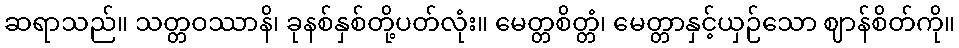
ဆရာသည်။ သတ္တဝဿာနိ၊ ခုနစ်နှစ်တို့ပတ်လုံး။ မေတ္တစိတ္တံ၊ မေတ္တာနှင့်ယှဉ်သော ဈာန်စိတ်ကို။